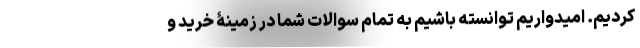
کردیم. امیدواریم توانسته باشیم به تمام سوالات شما در زمینۀ خرید و